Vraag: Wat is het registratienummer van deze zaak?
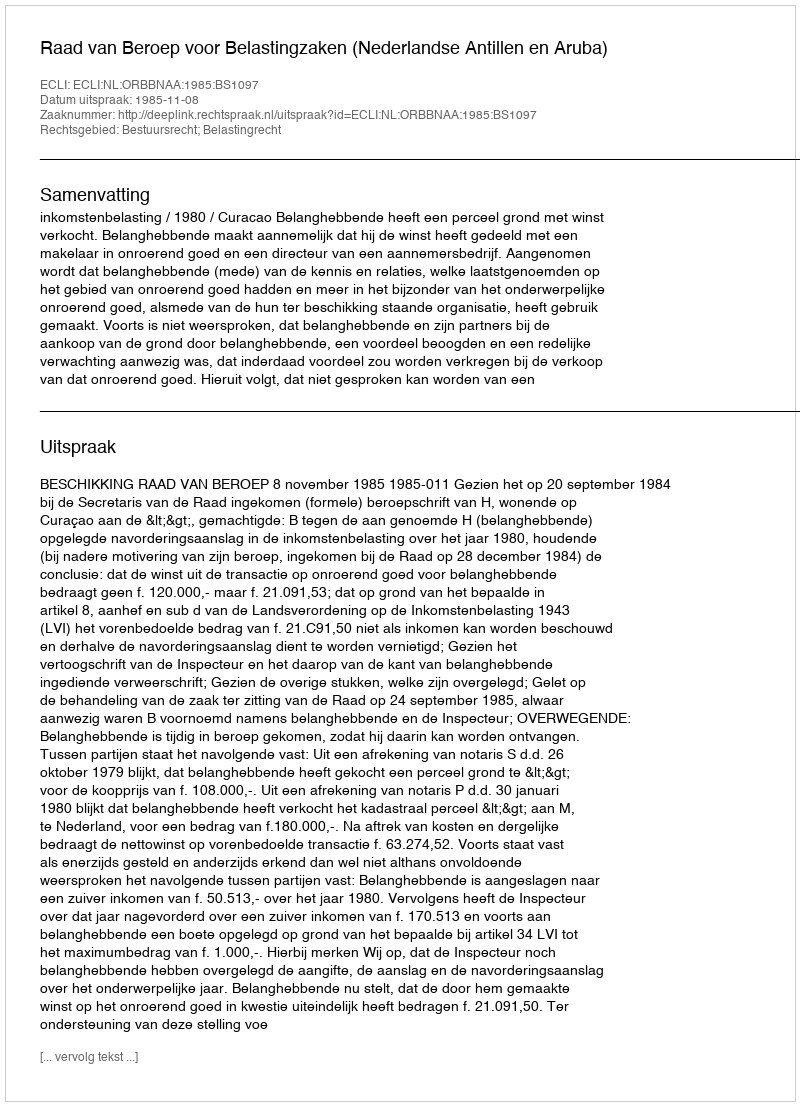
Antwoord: http://deeplink.rechtspraak.nl/uitspraak?id=ECLI:NL:ORBBNAA:1985:BS1097